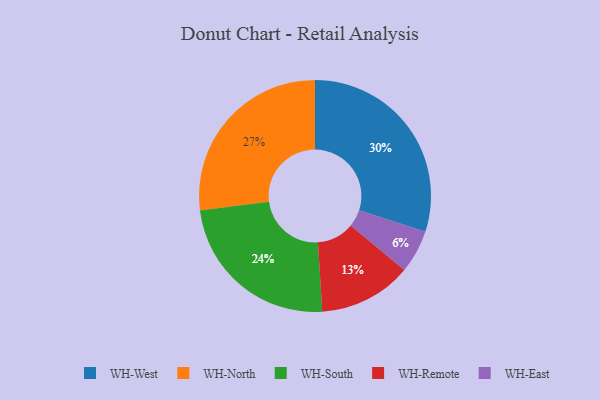
{"axis": {"x": "Category", "y": "Percentage"}, "legend": ["WH-East", "WH-North", "WH-Remote", "WH-South", "WH-West"], "data": [{"x": "WH-Remote", "y": 13, "type": "WH-Remote"}, {"x": "WH-South", "y": 24, "type": "WH-South"}, {"x": "WH-East", "y": 6, "type": "WH-East"}, {"x": "WH-North", "y": 27, "type": "WH-North"}, {"x": "WH-West", "y": 30, "type": "WH-West"}]}